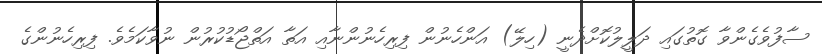
ސާފުވެގެންވާ ގޮތުގައި ދަލީލުކޮށްދެނީ (ހިލޭ) އަންހެނުން ފިރިހެނުންނާއި އަތާ އަތްޖޯޑުކުރުން ނުވާކަމެވެ. ފިރިހެނުންގެ